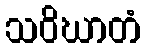
သဝိဃာတံ